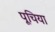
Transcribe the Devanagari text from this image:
पूचिया